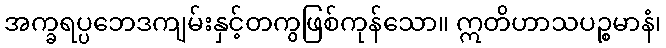
အက္ခရပ္ပဘေဒကျမ်းနှင့်တကွဖြစ်ကုန်သော။ ဣတိဟာသပဉ္စမာနံ၊